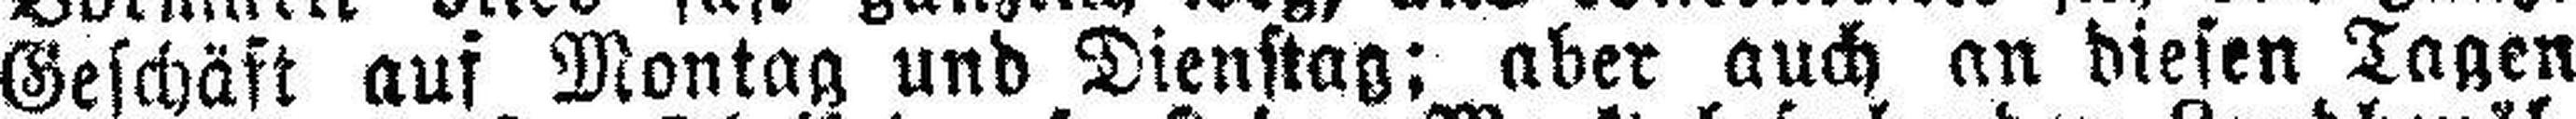
Geschäft auf Montag und Dienstag: aber auch an diesen Tagen